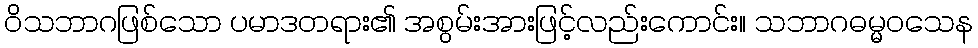
ဝိသဘာဂဖြစ်သော ပမာဒတရား၏ အစွမ်းအားဖြင့်လည်းကောင်း။ သဘာဂဓမ္မဝသေန